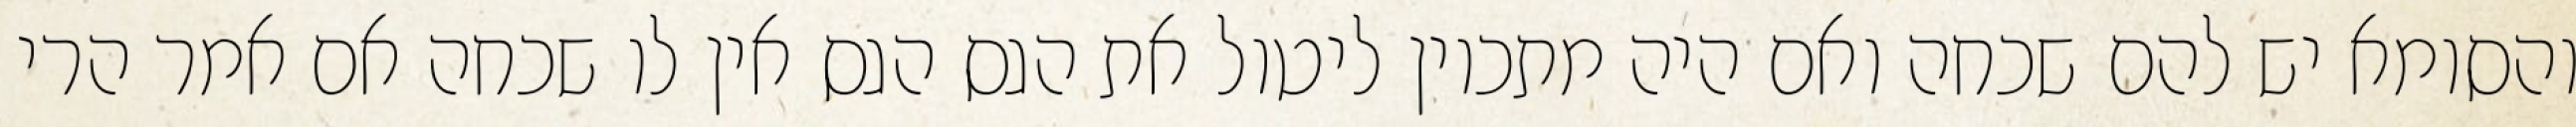
והסומא יש להם שכחה ואם היה מתכוין ליטול את הגס הגס אין לו שכחה אם אמר הרי